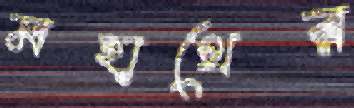
মহাথের